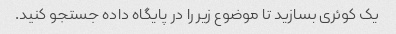
یک کوئری بسازید تا موضوع زیر را در پایگاه داده جستجو کنید.